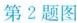
第2题图